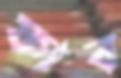
ফাব